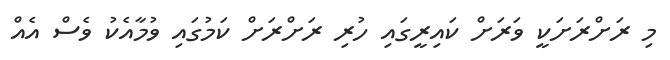
މި ރަށްރަށަކީ ވަރަށް ކައިރީގައި ހުރި ރަށްރަށް ކަމުގައި ވުމާއެކު ވެސް އެއް